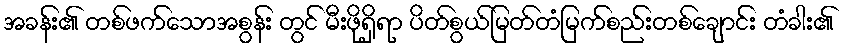
အခန်း၏ တစ်ဖက်သောအစွန်း တွင် မီးဖိုရှိရာ ပိတ်စွယ်မြတ်တံမြက်စည်းတစ်ချောင်း တံခါး၏